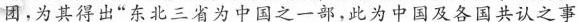
团，为其得出”东北三省为中国之一部，此为中国及各国共认之事